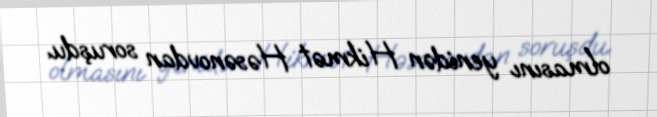
olmasını yenidən Hikmət Həsənovdan soruşdu.